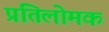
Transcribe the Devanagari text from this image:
प्रतिलोमक